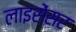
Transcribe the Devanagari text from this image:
लाइसेंसर